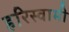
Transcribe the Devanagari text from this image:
हरिस्वामी